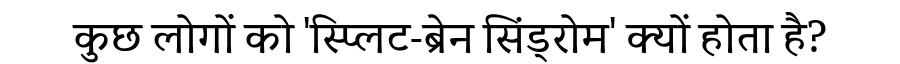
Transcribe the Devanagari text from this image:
कुछ लोगों को 'स्प्लिट-ब्रेन सिंड्रोम' क्यों होता है?